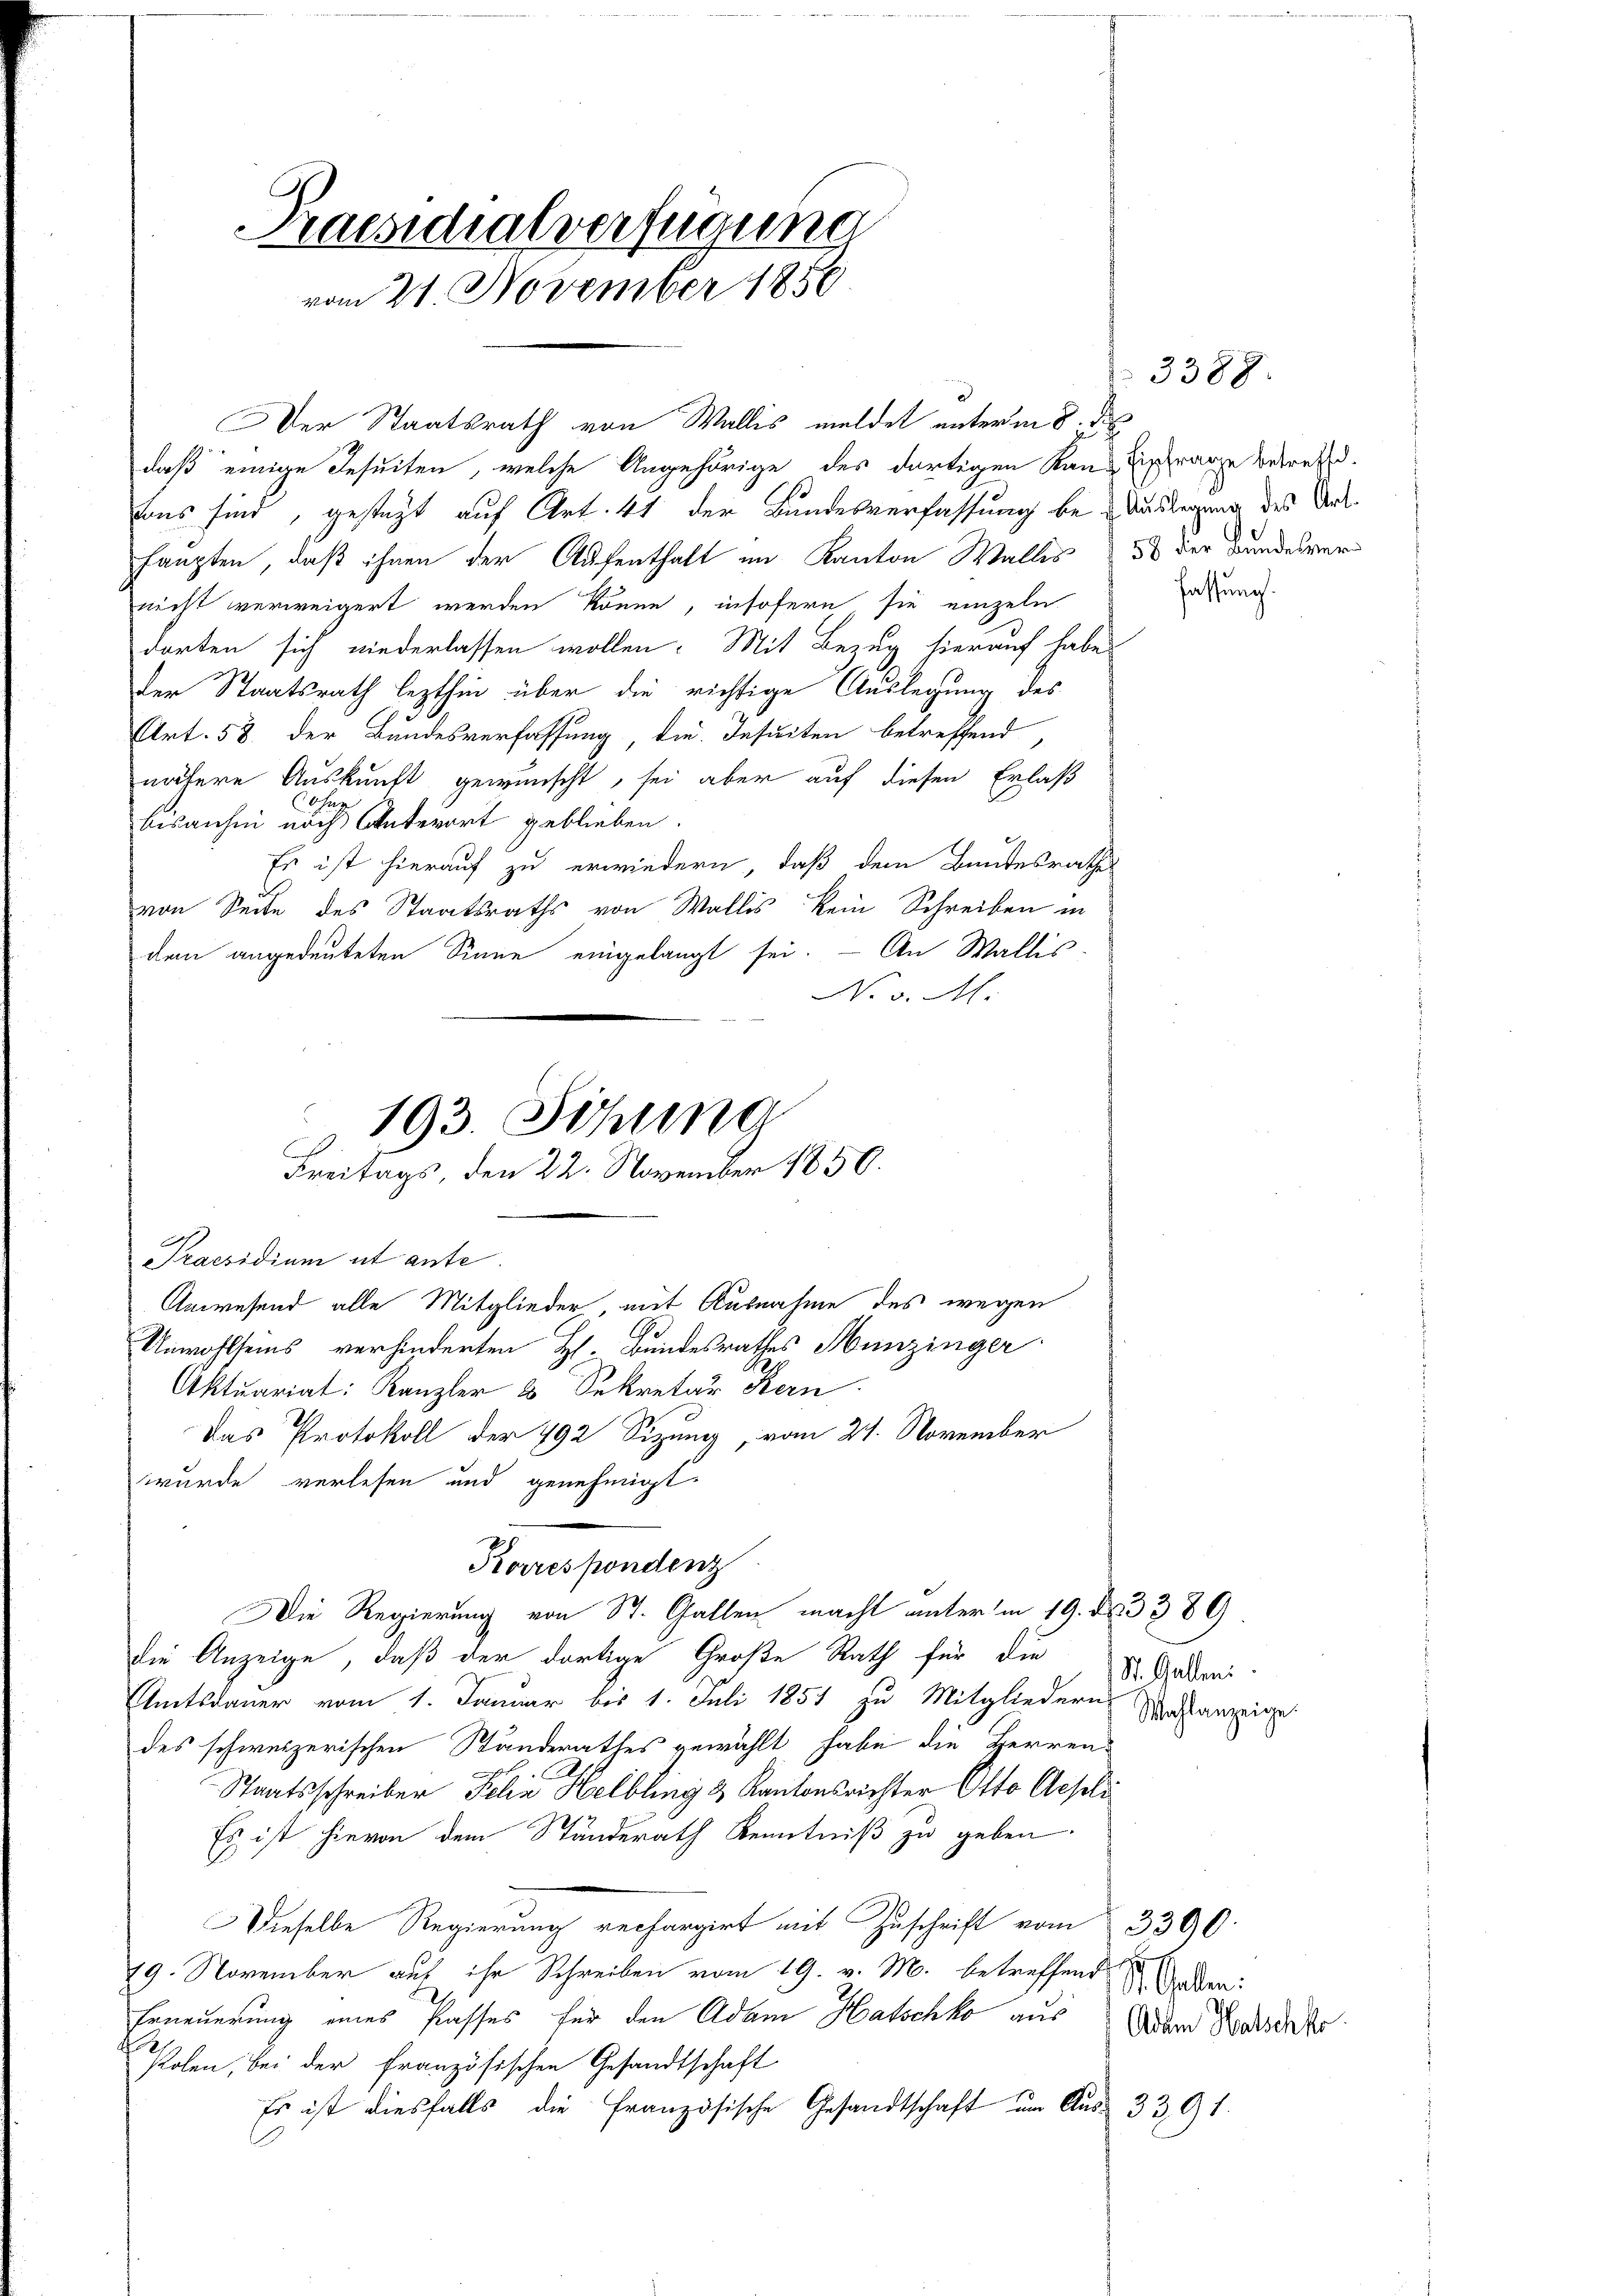
Praesidialverfügung
vom 21. November 1850

Der Staatsrath von Wallis meldet unterm 8. de
daß einige Jesuiten, welche Angehörige des dortigen Kan-Einfrage betrete.
laus sind, gesteht auf Art. 41 der Bundesverfassung be- Auslegung des Verhaupten, daß ihnen der Aufenthalt im Kanton Walles ds der Bundesver
nicht verweigert werden könne, insofern sie einzeln
dorten sich niederlassen wollen. Mit Bezug hierauf habe
der Staatsrath lezthin über die richtige Auslegung des
Art. 58 der Bundesverfassung, die Insecten betreffend,
nähere Auskunft gewünscht, sei aber auf diesen Erlaß
esez
bisanhin noch Unterort geblieben.
Es ist hierauf zu erwiedern, daß dem Bundesrathes
von Seite des Staatsraths von Wallis kein Schreiben in
dan angedeuteten Sinne eingelangt sei. — An Wallis
Unwohlseins verhinderten H. Bundesrathes Hunzinger
Aktuariat: Kanzler 3 Sekretär Kern
Das Protokoll der 792 Sizung, vom 21. November
wurde verlesen und genehmigt.
Korrespondenz
Die Regierung von St. Gallen macht unterm 19. d. 3389
die Anzeige, daß der dortige Große Rath für die
Amtsdauer vom 1. Januar bis 1. Juli 1851 zu Mitgliedern Verstanzeige
des schweizerischen Standerathes gewählt habe die Herren
c
Staatsschreiber Jelia Helbling & Kantonsrichter Otto Aepli
Es ist hievon dem Ständerath Kenntniß zu geben.
Dieselbe Regierung rechargirt mit Zuschrift vom 3300.
19. November auf ihr Schreiben vom 19. v. M. betreffend
Erneuerung eines Passes für den Adam Hatschko aus
Polen, bei der französischen Gesandtschaft
Es ist diesfalls die Französische Gesandtschaft um Aus¬

No v. M.
193. Sitzung
lst
Freitags, den 22. November 1850.
Praesidium ut ante.
Anwesend alle Mitglieder, mit Ausnahme des wegen

3388.

fassung.

St. Galleni

St. Gallen.
Adam Halschko

3391.